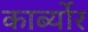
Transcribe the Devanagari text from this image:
कार्ब्योर